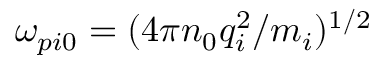
\omega _ { p i 0 } = ( 4 \pi n _ { 0 } q _ { i } ^ { 2 } / m _ { i } ) ^ { 1 / 2 }